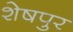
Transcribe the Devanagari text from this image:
शेषपुर